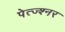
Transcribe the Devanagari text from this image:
पेत्ज्श्नर